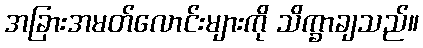
အခြားအမတ်လောင်းများကို သိက္ခာချသည်။